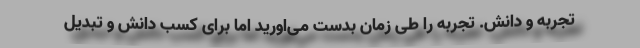
تجربه و دانش. تجربه را طی زمان بدست می‌اورید اما برای کسب دانش و تبدیل